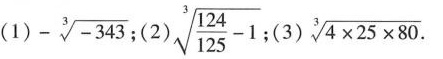
(1) \sqrt[3]{-343}；(2) $$\sqrt [ 3 ] { \frac { 1 2 4 } { 1 2 5 } - 1 }$$ ；(3)$$ \sqrt [ 3 ] { 4 \times 2 5 \times 8 0 }.$$